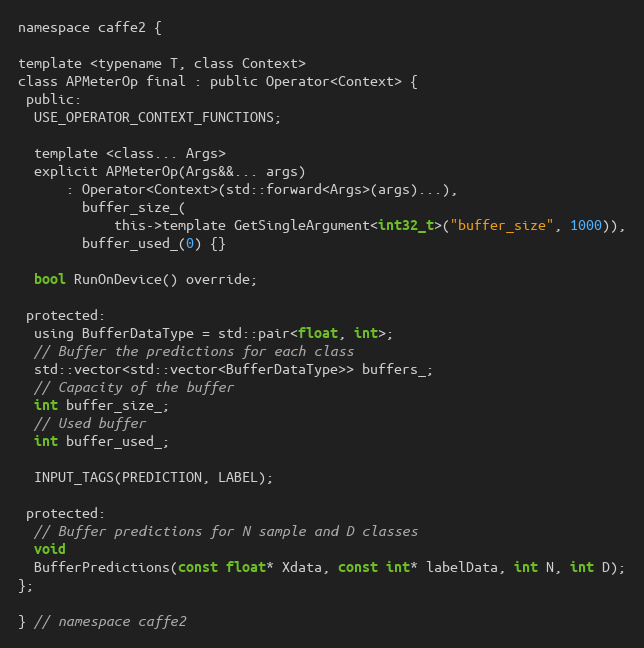
Language: C
namespace caffe2 {

template <typename T, class Context>
class APMeterOp final : public Operator<Context> {
 public:
  USE_OPERATOR_CONTEXT_FUNCTIONS;

  template <class... Args>
  explicit APMeterOp(Args&&... args)
      : Operator<Context>(std::forward<Args>(args)...),
        buffer_size_(
            this->template GetSingleArgument<int32_t>("buffer_size", 1000)),
        buffer_used_(0) {}

  bool RunOnDevice() override;

 protected:
  using BufferDataType = std::pair<float, int>;
  // Buffer the predictions for each class
  std::vector<std::vector<BufferDataType>> buffers_;
  // Capacity of the buffer
  int buffer_size_;
  // Used buffer
  int buffer_used_;

  INPUT_TAGS(PREDICTION, LABEL);

 protected:
  // Buffer predictions for N sample and D classes
  void
  BufferPredictions(const float* Xdata, const int* labelData, int N, int D);
};

} // namespace caffe2